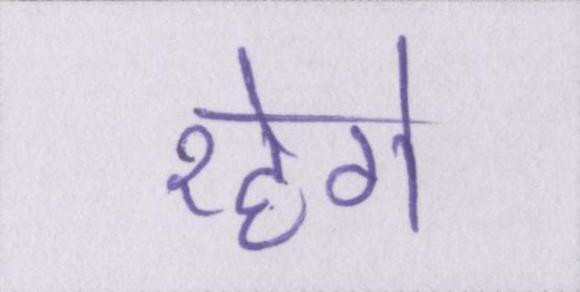
रहेगे